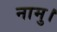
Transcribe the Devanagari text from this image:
नामु।